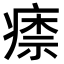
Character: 𤸏